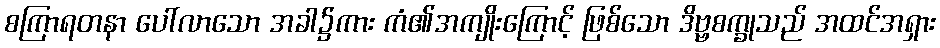
စကြာရတနာ ပေါ်လာသော အခါ၌ကား ကံ၏အကျိုးကြောင့် ဖြစ်သော ဒိဗ္ဗစက္ခုသည် အထင်အရှား